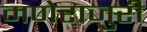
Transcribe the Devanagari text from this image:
मणेराजुरी